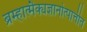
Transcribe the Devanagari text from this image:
ब्रम्हात्मैक्यज्ञानोत्पात्तीत